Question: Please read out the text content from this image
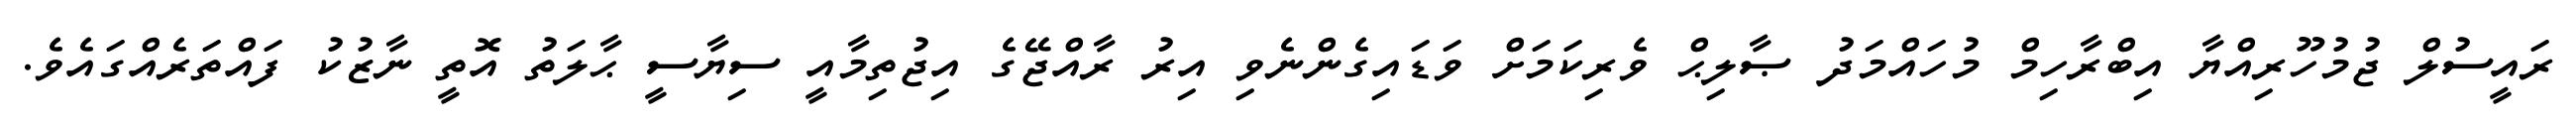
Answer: ރައީސުލް ޖުމުހޫރިއްޔާ އިބްރާހިމް މުހައްމަދު ޞާލިޙް ވެރިކަމަށް ވަޑައިގެންނެވި އިރު ރާއްޖޭގެ އިޖުތިމާއީ ސިޔާސީ ޙާލަތު އޮތީ ނާޒުކު ފައްތަރެއްގައެވެ.